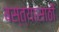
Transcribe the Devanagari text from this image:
बस्त्यासाठी